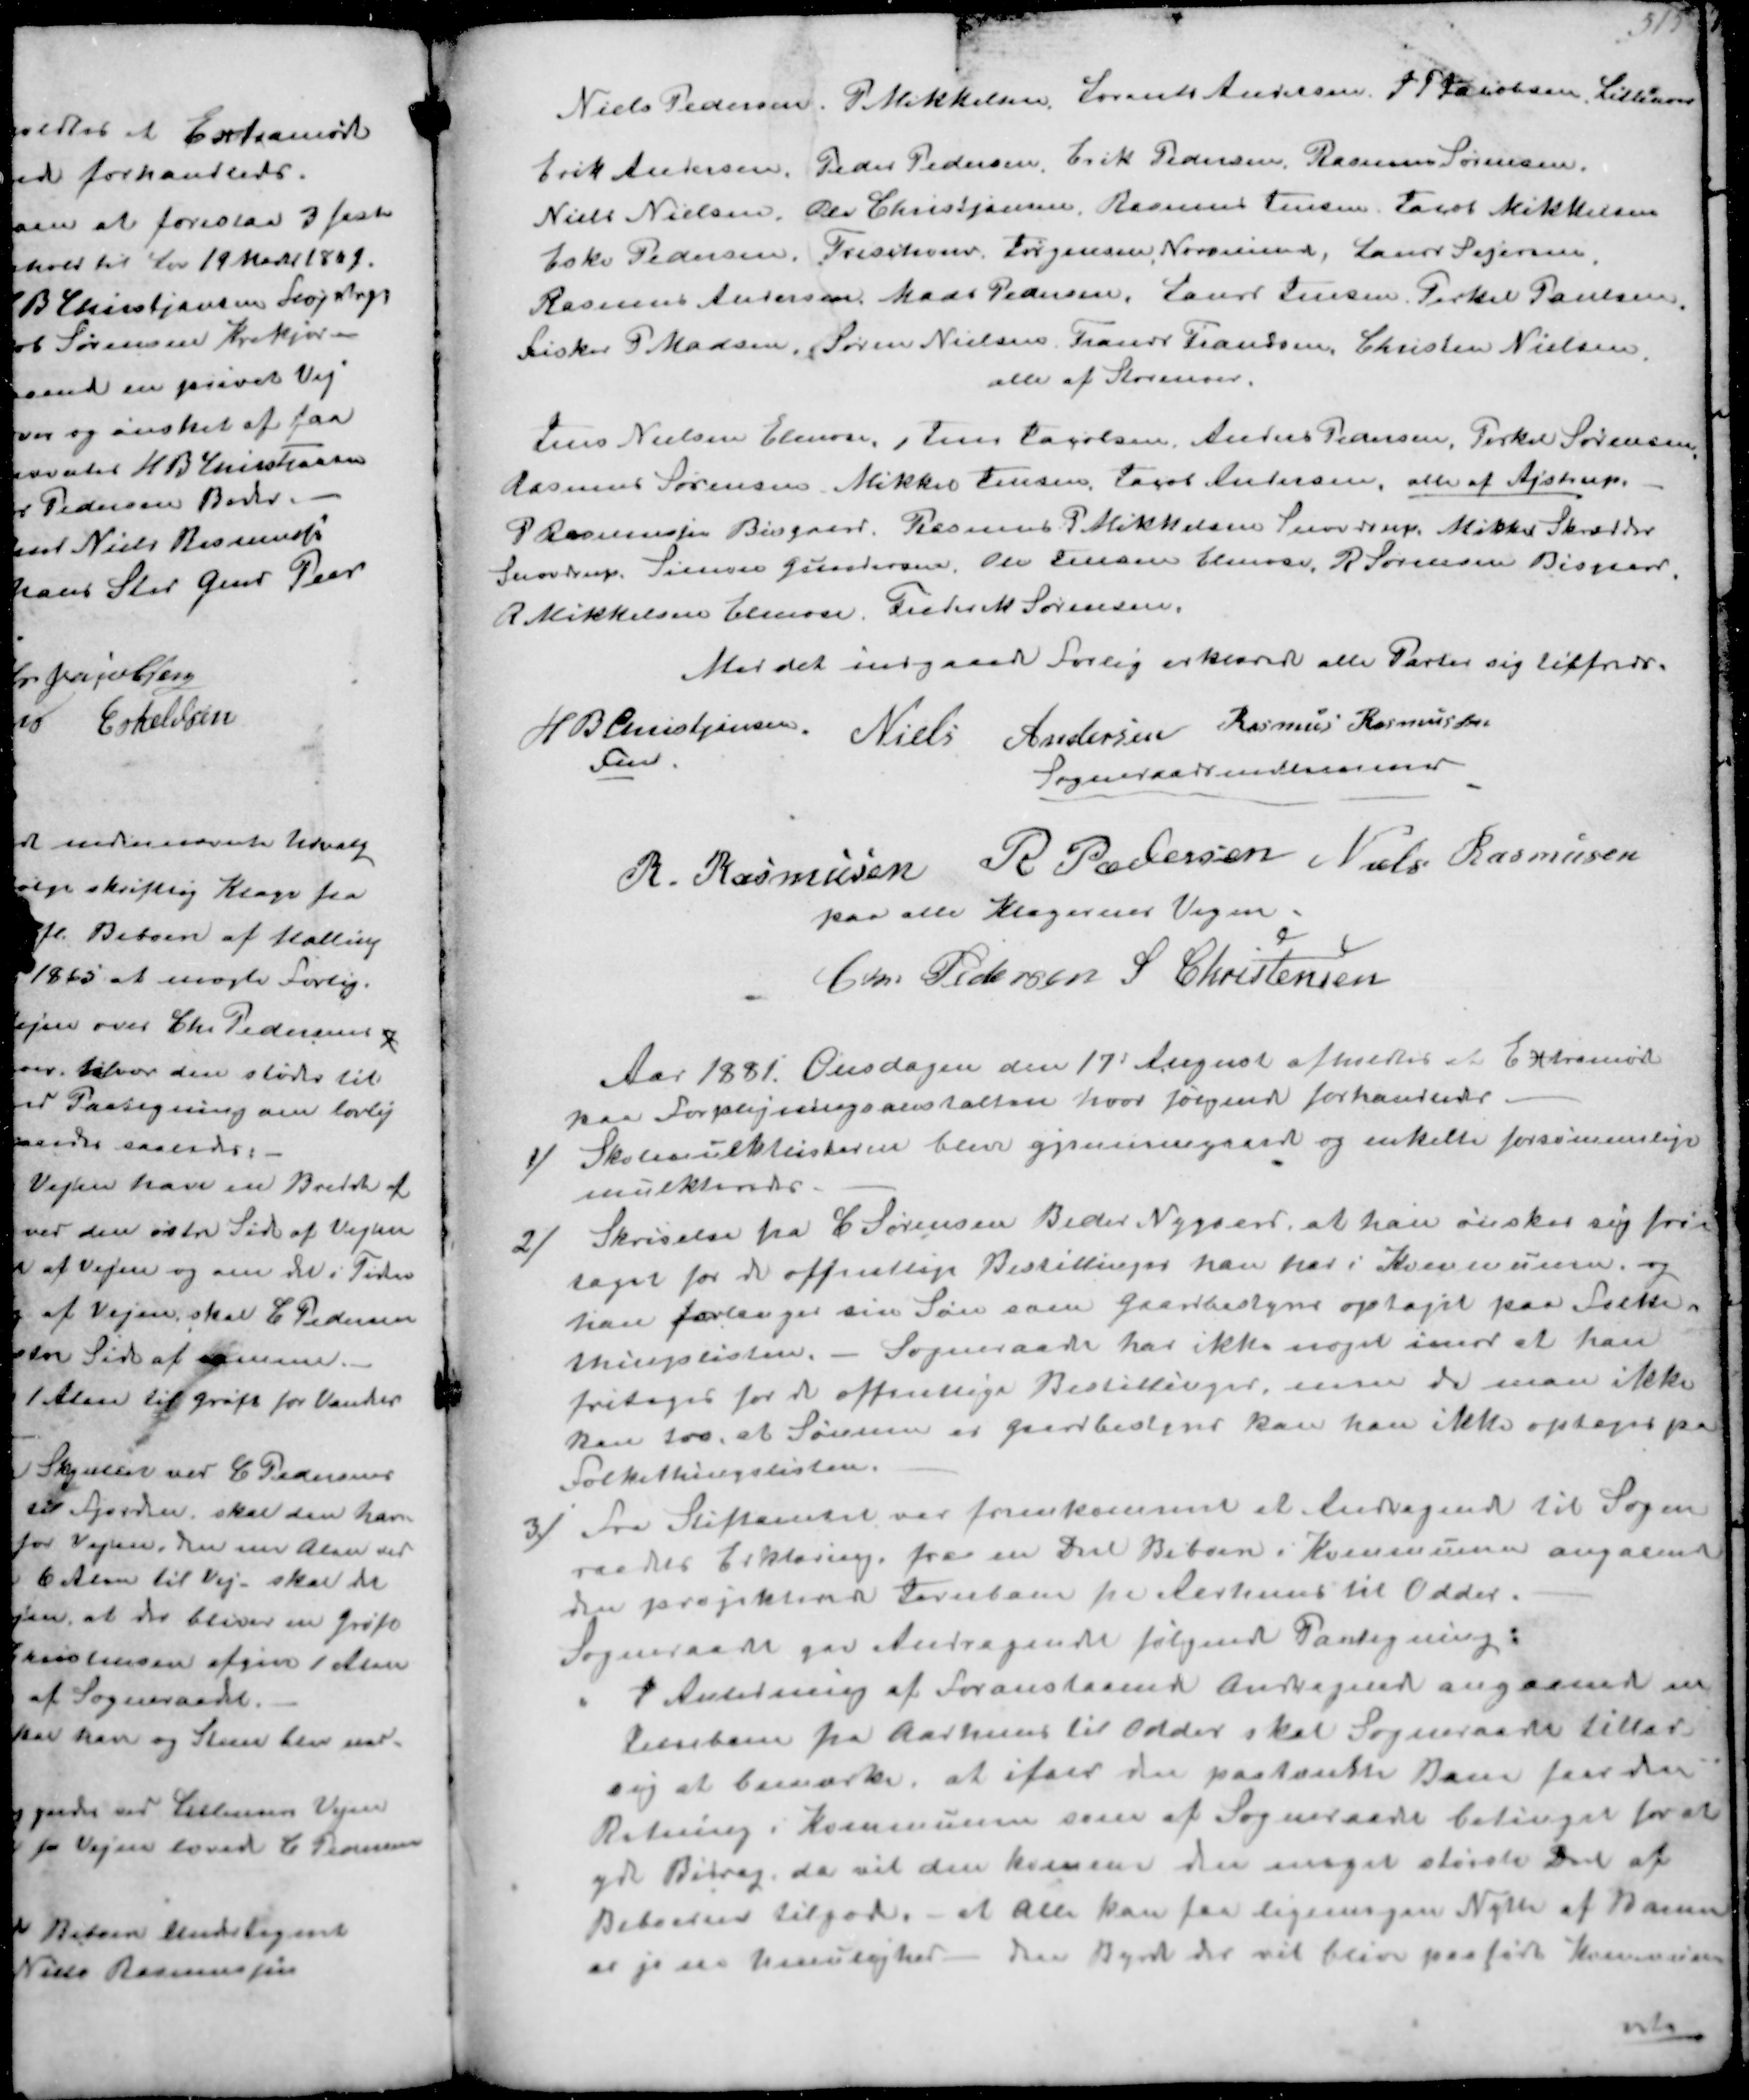
Transskription:
Niels Pedersen P Mikkelsen, Lorents Andersen S P Jacobsen Lillenor
Erik Andersen, Peder Pedersen, Erik Pedersen, Rasmus Sørensen,
Niels Nielsen, Per Christjansen, Rasmus Jensen Jacob Mikkelsen
Eske Pedersen,  Jørgensen, Norsmind, Laurs Sejersen,
Rasmus Andersen Mads Pedersen, Laurs Jensen, Terkel Paulsen
Fisker P Madsen, Søren Nielsen Frands Frandsen, Christen Nielsen
alle af Storenor
Jens Nielsen Elmose, Jens Jacobsen Anders Pedersen, Terkel Sørensen
Rasmus Sørensen Mikker Jensen, Jacob Andersen, alle af Ajstrup.
P Rasmussen Bisgaard, Rasmus P Mikkelsen Snovdrup. Mikkel Skrædder
Snovdrup Simon Gundersen, Ole Jensen Elmose, R Sørensen Bisgaard
A Mikkelsen Elmose, Fisker M Sørensen
Med det indgaaede Forlig erklærede alle Parter sig tilfredse
H B Chistjansen
Fmd
Niels Andersen
Rasmus Rasmussen
Sogneraadsmedlemmer
R. Rasmussen
R Pedersen
Niels Rasmussen
paa alle Klagernes Vegne
Chr Pedersen
S Christensen

Aar 1881. Onsdagen den 17' August afholdtes at Extramøde
paa Foplejningsnstalten hvor følgende forhandledes
1/ Skolemulktlisterne bleve gjennemgaat og enkelte forsømmelige
mulkteredes
2/ Skrivelse fra C Sørensen Beder Nygaard, at han ønsker sig fri-
taget for de offentlige Bestillinger han har i Kommunen, og
han forlanger sin Søn som Gaardbestyrer optaget paa Folke-
thingslisten. - Sogneraadet har ikke noget imod at han
fritages for de offentlige Bestillinger, men da man ikke
kan tro, at Sønnen er gaardbestyrer kan han ikke optages på
Folkethingslisten.
3/ Fra Stiftamtet var fremkommet et Andragende til Sogne-
raadet Erklæring fra en Del Beboere i Kommunen angaaende
den projekterede Jernbane fra Aarhus til Odder.
Sogneraade gav Andragendet følgende Paategning
I Anledning af Foranstaende Andragende angaaende en
Jernbane fra Aarhus til Odder skal Sogneraade tillad
sig at bemærke, at ifald nu paatænkte Bane forandrer
Retning i Kommunen som af Sogneraade betinger for at
yde Bidrag, da vil den komme den meget største Del af
Beboerne tilgode - at den kan faa ligningen Nytte af Banen
er jo en Muulighed- den Byrde der vil blive paaført Kommunen